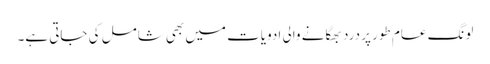
لونگ عام طور پر درد بھگانے والی ادویات میں بھی شامل کی جاتی ہے۔